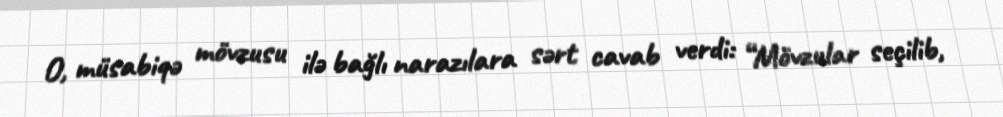
O, müsabiqə mövzusu ilə bağlı narazılara sərt cavab verdi: “Mövzular seçilib,